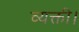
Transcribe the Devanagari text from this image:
व्यक्ती।